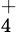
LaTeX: _{4}^{+}